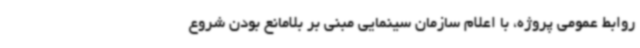
روابط عمومی پروژه، با اعلام سازمان سینمایی مبنی بر بلامانع بودن شروع